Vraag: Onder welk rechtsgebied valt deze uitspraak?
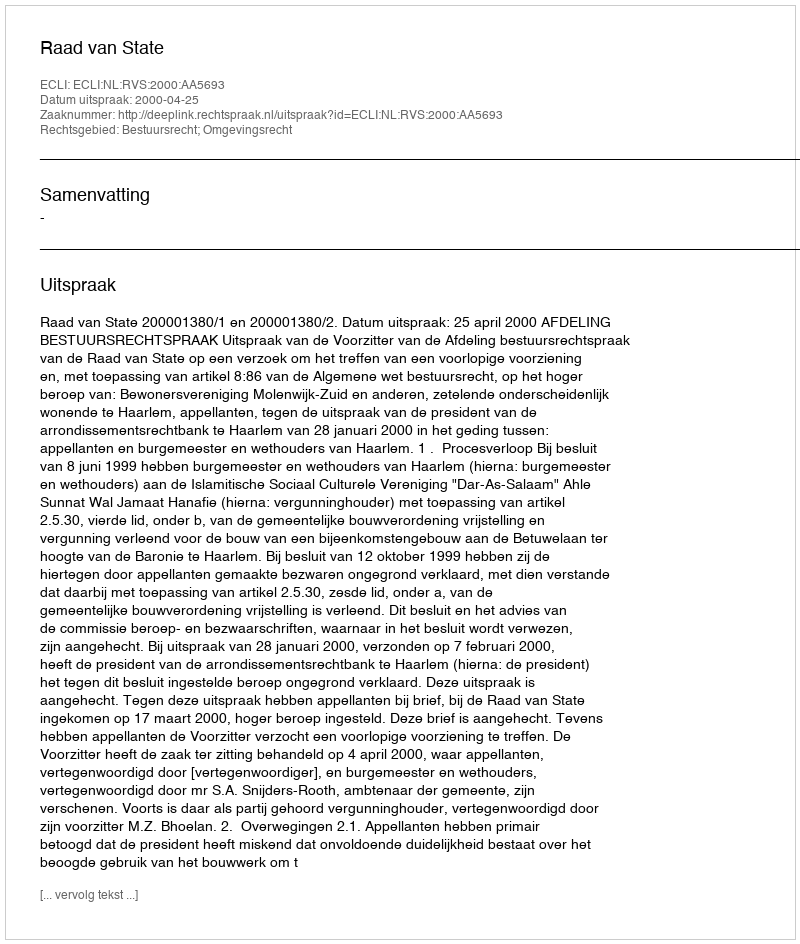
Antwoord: Bestuursrecht; Omgevingsrecht